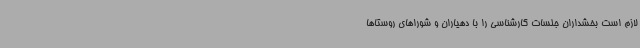
لازم است بخشداران جلسات کارشناسی را با دهیاران و شوراهای روستاها